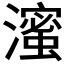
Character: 𬉗